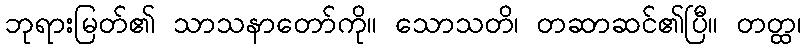
ဘုရားမြတ်၏ သာသနာတော်ကို။ သောသတိ၊ တဆာဆင်၏ပြီ။ တတ္ထ၊